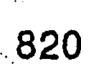
820